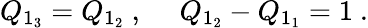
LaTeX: Q_{1_{3}}=Q_{1_{2}}~,~~~~~Q_{1_{2}}-Q_{1_{1}}=1~.